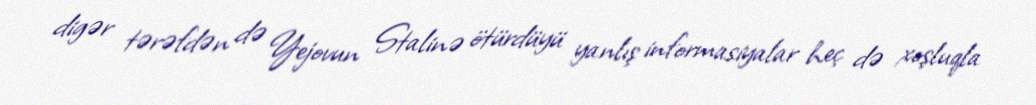
digər tərəfdən də Yejovun Stalinə ötürdüyü yanlış informasiyalar heç də xoşluqla